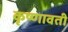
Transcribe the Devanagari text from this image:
कृष्णावती